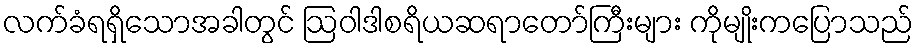
လက်ခံရရှိသောအခါတွင် ဩဝါဒါစရိယဆရာတော်ကြီးများ ကိုမျိုးကပြောသည်